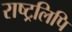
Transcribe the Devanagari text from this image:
राष्ट्रलिपि